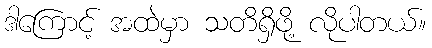
ဒါကြောင့် အထဲမှာ သတိရှိဖို့ လိုပါတယ်။